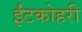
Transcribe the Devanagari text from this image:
ईंटकोहरी